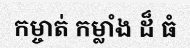
កម្ចាត់ កម្លាំង ដ៏ ធំ